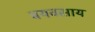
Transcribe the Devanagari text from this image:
वयवसाय